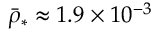
\bar { \rho } _ { * } \approx 1 . 9 \times 1 0 ^ { - 3 }